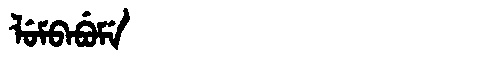
Manchu: ᠯᡠᠮᠪᠠᠪᡠᠮᡝ
Romanization: LUMBABUME